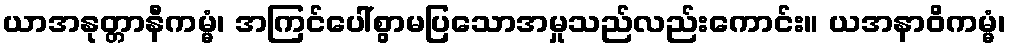
ယာအနုတ္တာနီကမ္မံ၊ အကြင်ပေါ်စွာမပြသောအမှုသည်လည်းကောင်း။ ယအနာဝိကမ္မံ၊